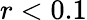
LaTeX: r<0.1